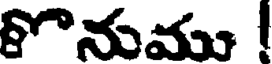
కొనుము !